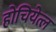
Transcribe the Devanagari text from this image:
होचियेत्ल